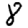
Digit: 8